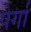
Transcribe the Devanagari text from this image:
पेर्गा